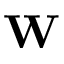
\mathbf { W }